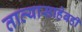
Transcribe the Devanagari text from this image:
तात्यासाहेबही